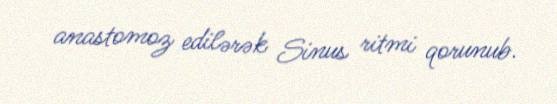
anastomoz edilərək Sinus ritmi qorunub.